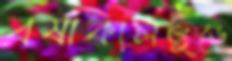
বর্ষাকালজুড়ে